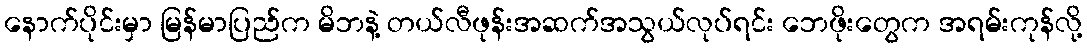
နောက်ပိုင်းမှာ မြန်မာပြည်က မိဘနဲ့ တယ်လီဖုန်းအဆက်အသွယ်လုပ်ရင်း ဘေဖိုးတွေက အရမ်းကုန်လို့